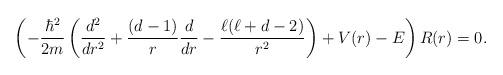
LaTeX: \begin{align*}\left(-\frac{\hbar^2}{2m}\left(\frac{d^2}{dr^2}+\frac{(d-1)}{r}\frac{d}{dr}-\frac{\ell(\ell+d-2)}{r^2}\right) +V(r)-E\right)R(r)=0.\end{align*}